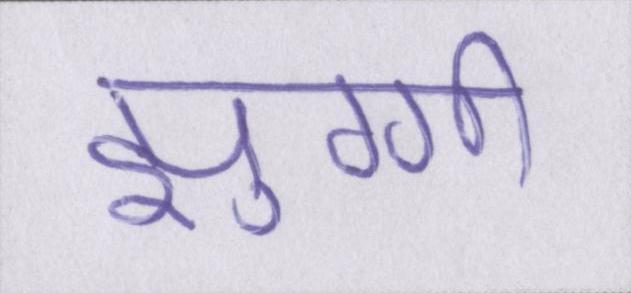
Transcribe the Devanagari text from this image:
झुग्गी